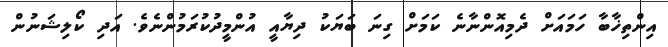
އިންތިޚާބާ ހަމައަށް ދެމިއޮންނާނެ ކަމަށް ގިނަ ބަޔަކު ދިޔާއީ އުންމީދުކުރަމުންނެވެ. އަދި ކޯލިޝަނުން